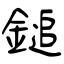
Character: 鎚